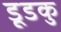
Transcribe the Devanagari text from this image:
डूडकु